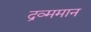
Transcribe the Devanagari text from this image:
द्रव्ममान